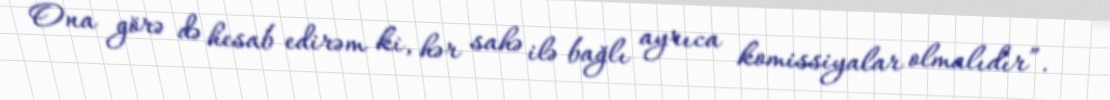
Ona görə də hesab edirəm ki, hər sahə ilə bağlı ayrıca komissiyalar olmalıdır”.